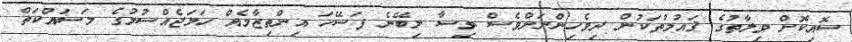
ސޮއިކޮށް ވިލާތުގެ ޤައުމުތަކުން ދިވެހިންނަށްވެސް ވިސާ ލިބޭނެ ފަސޭހަ އިންތިޒާމެއް ހަމަޖެއްސުމުގެ މަސައްކަތް